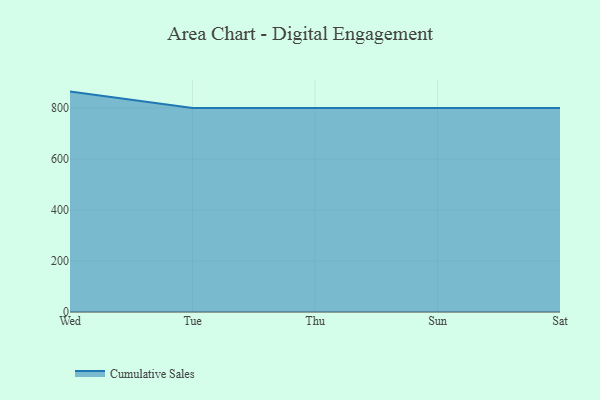
{"axis": {"x": "Day", "y": "Backlog"}, "legend": ["Cumulative Sales"], "data": [{"x": "Wed", "y": 864.5, "type": "Cumulative Sales"}, {"x": "Tue", "y": 800, "type": "Cumulative Sales"}, {"x": "Thu", "y": 800, "type": "Cumulative Sales"}, {"x": "Sun", "y": 800, "type": "Cumulative Sales"}, {"x": "Sat", "y": 800, "type": "Cumulative Sales"}]}